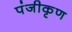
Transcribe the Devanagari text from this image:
पंजीकृण